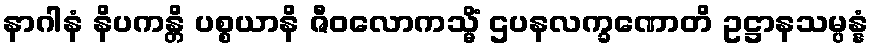
နာဂါနံ နိပကန္တိ ပစ္စယာနိ ဇီဝလောကသ္မိံ ဌပနလက္ခဏောတိ ဥဋ္ဌာနသမ္ပန္နံ